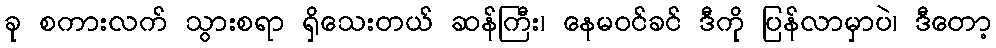
ခု စကားလက် သွားစရာ ရှိသေးတယ် ဆန်ကြီး၊ နေမဝင်ခင် ဒီကို ပြန်လာမှာပဲ၊ ဒီတော့